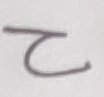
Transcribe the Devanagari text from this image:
२